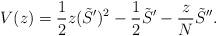
LaTeX: \begin{align*}V(z) = \frac12 z (\tilde{S}^{\prime})^2 - \frac12 \tilde{S}^{\prime}- \frac zN \tilde{S}^{\prime\prime}.\end{align*}